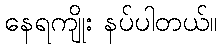
နေရကျိုး နပ်ပါတယ်။